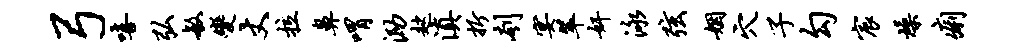
弓嘻弘敏变丈拉鼻喟泐趑滇折刳宴翠奸泳弦姻穴子勾宸燥痢